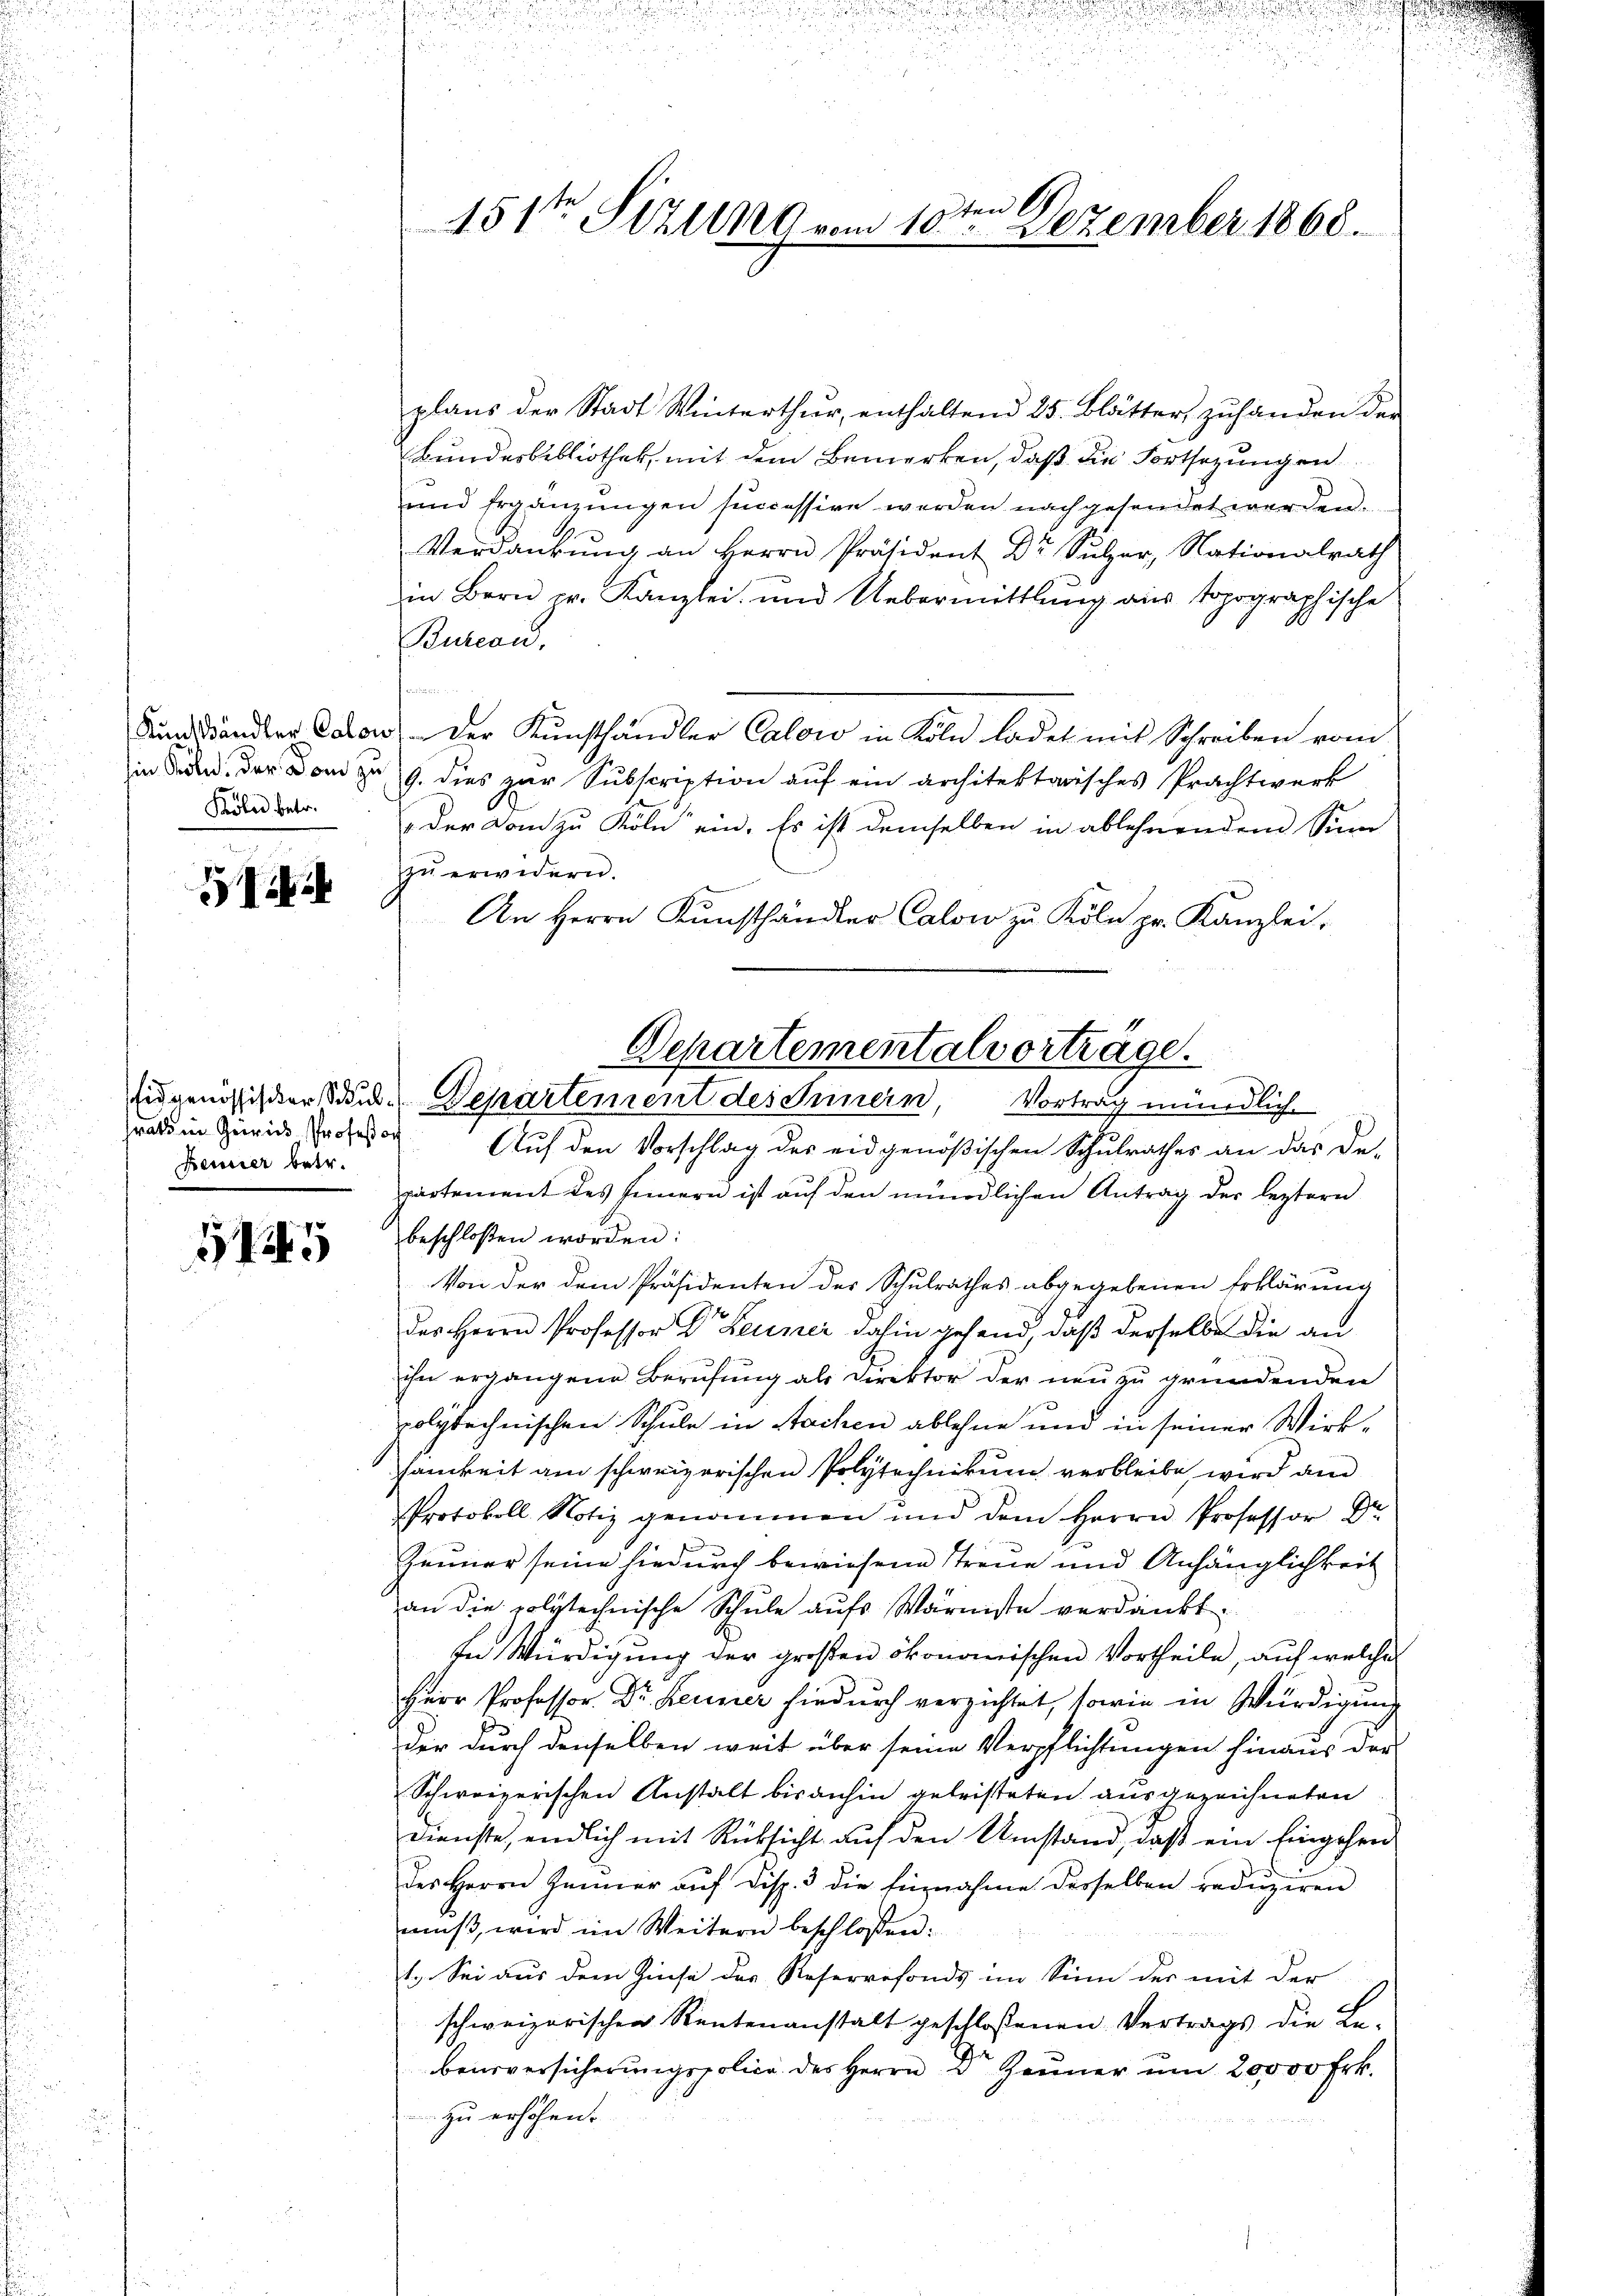
Köln betr.

1

rats in Gewis Professor
Fenner betr.

145

Auf den Vorschlag des eidgenößischen Schulrathes an das De-
partement des Innern ist auf den mündlichen Antrag der leztere
beschloßen worden:
Von der dem Präsidenten des Schulrathes abgegebenen Erklärung
des Herrn Professor Dr. Leumer dahin gehend, daß derselbe die an
ihn ergangene Berufung als Direktor der neu zu gründenden
polytechnischen Schule in Sachen ablehne und in seiner Wirksamkeit am schweizerischen Polytechnikum verbleibe, wird am
Protokoll Notiz genommen und dem Herrn Professor Dr.
Zeuner seine hiedurch bewiesene Treue und Anhänglichkeit
an die polytechnische Schule aufs Wärmste verdankt
In Würdigung der großen ökonomischen Vortheile, auf welche
Herr Professor Dr. Keiner hiedurch verzichtet, sowie in Würdigung
der durch denselben weit über seine Verpflichtungen hinaus der
Schweizerischen Anstalt bis anhin geleisteten ausgezeichneten
Dienste, endlich mit Rücksicht auf den Umstand, daß ein Eingehen
des Herrn Jänner aŭf Disp. 3 die Einnahme desselben redŭziren
muß, wird im Weitern beschlossen:
1. Sei aus dem Zinse des Reservefonds im Sinn der mit der
schweizerischen Rentenanstalt geschlossenen Vertrags die Le-
bensversicherungspolice des Herrn Dr Zeuner um 20000 Frk.
zu erhöhen.

den 19
151ten Sizung vom 10. Dezember 1868.

plans der Stadt Winterthur, enthaltend 25 Blätter, zuhanden der
Bundesbibliothek, mit dem Bemerken, daß die Fortsezungen
und Ergänzungen successive werden nach gesendet werden.
Verdankŭng an Herrn Präsident Dr Sulzer, Nationalrath
in Bern pr. Kanzlei, und Uebermittlung aus topographische
Bureau.

Sundänder Carow der Kunsthändler Calow in Köln ladet mit Schreiben vom
in den der Dom zu 9. dies zur Subscription aŭf ein architektorisches Prachtwerk
der Dom zu Köln ein. Es ist demselben in ablehnendem Sinn
zu erwidern.
An Herrn Kunsthändler Calow zu Köln pr. Kanzlei-

Departementalvorträge.
Eidgenössischer Stude Departement des Innern, Vortrag mündlich